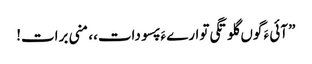
” آئی ءَ گوں گلوتگی توارے ءَ پسو دات،، منی برات!